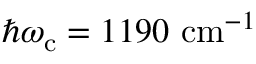
\hbar \omega _ { \mathrm { c } } = 1 1 9 0 \ \mathrm { c m } ^ { - 1 }